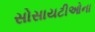
સોસાયટીઓના